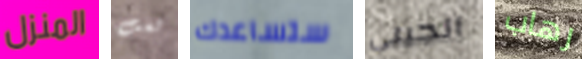
المنزل لست ستساعدك الجيني رهاب